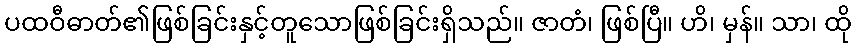
ပထဝီဓာတ်၏ဖြစ်ခြင်းနှင့်တူသောဖြစ်ခြင်းရှိသည်။ ဇာတံ၊ ဖြစ်ပြီ။ ဟိ၊ မှန်။ သာ၊ ထို